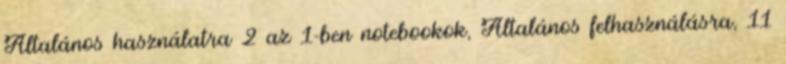
Általános használatra 2 az 1-ben notebookok, Általános felhasználásra, 11